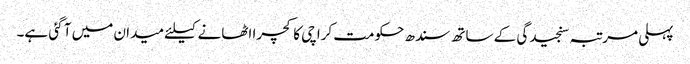
پہلی مرتبہ سنجیدگی کے ساتھ سندھ حکومت کراچی کا کچرا اٹھانے کیلئے میدان میں آ گئی ہے۔